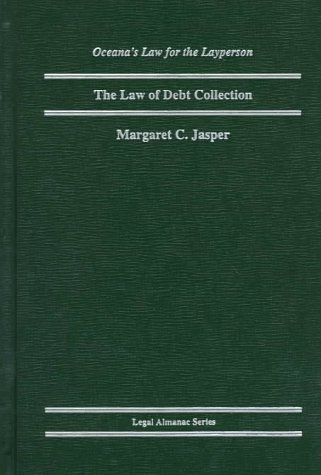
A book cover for The Law of Debt Collection (Oceana's Legal Almanac Series. Law for the Layperson); Margaret C. Jasper; Engineering & Transportation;